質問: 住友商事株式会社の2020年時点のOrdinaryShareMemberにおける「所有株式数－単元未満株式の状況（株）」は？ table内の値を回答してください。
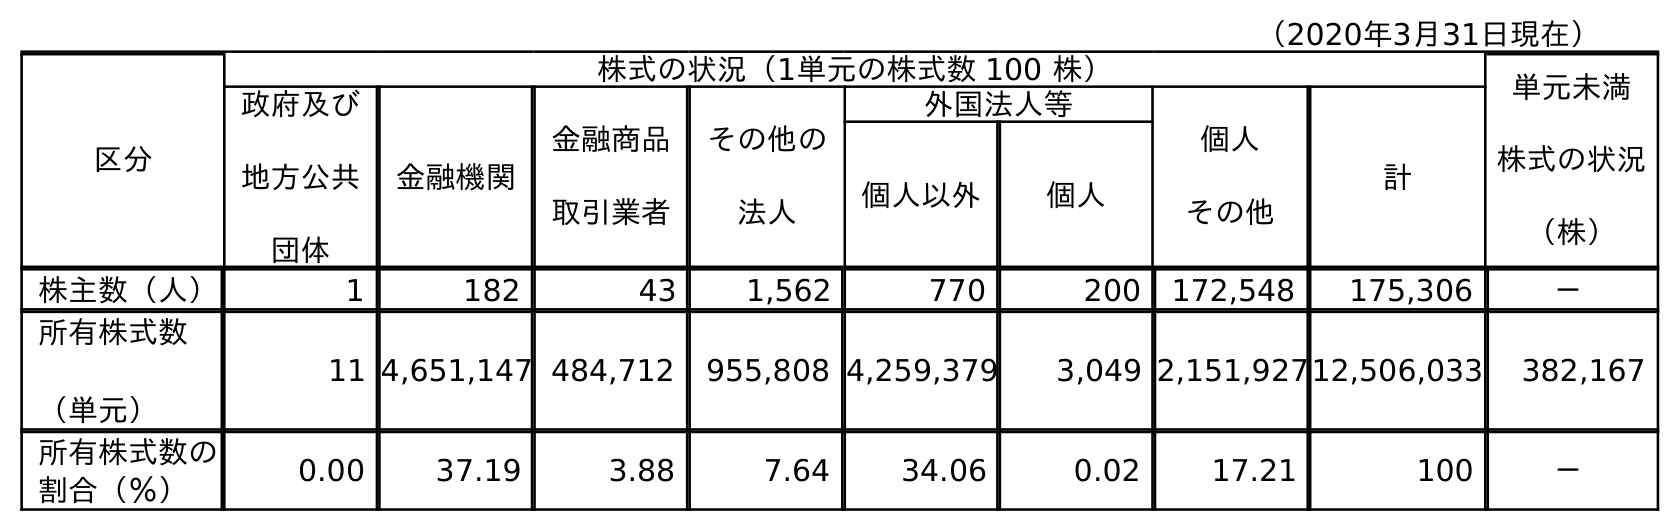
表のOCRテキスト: （2020年3月31日現在） 区分 株式の状況（1単元の株式数 100 株） 単元未満 株式の状況 （株） 政府及び 地方公共 団体 金融機関 金融商品 取引業者 その他の 法人 外国法人等 個人 その他 計 個人以外 個人 株主数（人） 1 182 43 1,562 770 200 172,548 175,306 － 所有株式数 （単元） 11 4,651,147 484,712 955,808 4,259,379 3,049 2,151,92712,506,033 382,167 所有株式数の 割合（％） 0.00 37.19 3.88 7.64 34.06 0.02 17.21 100 －
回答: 382,167